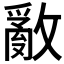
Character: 𢿳